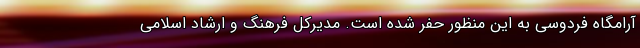
آرامگاه فردوسی به این منظور حفر شده است. مدیرکل فرهنگ و ارشاد اسلامی